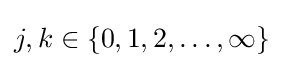
j,k\in \{0,1,2,\ldots ,\infty \}